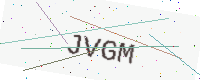
Text: JVGM